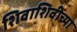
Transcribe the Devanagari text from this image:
शिवाशिवीच्या